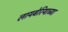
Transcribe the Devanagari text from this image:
लायबेरियाच्या